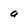
Character: a